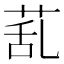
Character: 𦯠